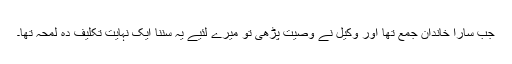
جب سارا خاندان جمع تھا اور وکیل نے وصیت پڑھی تو میرے لئیے یہ سننا ایک نہایت تکلیف دہ لمحہ تھا۔